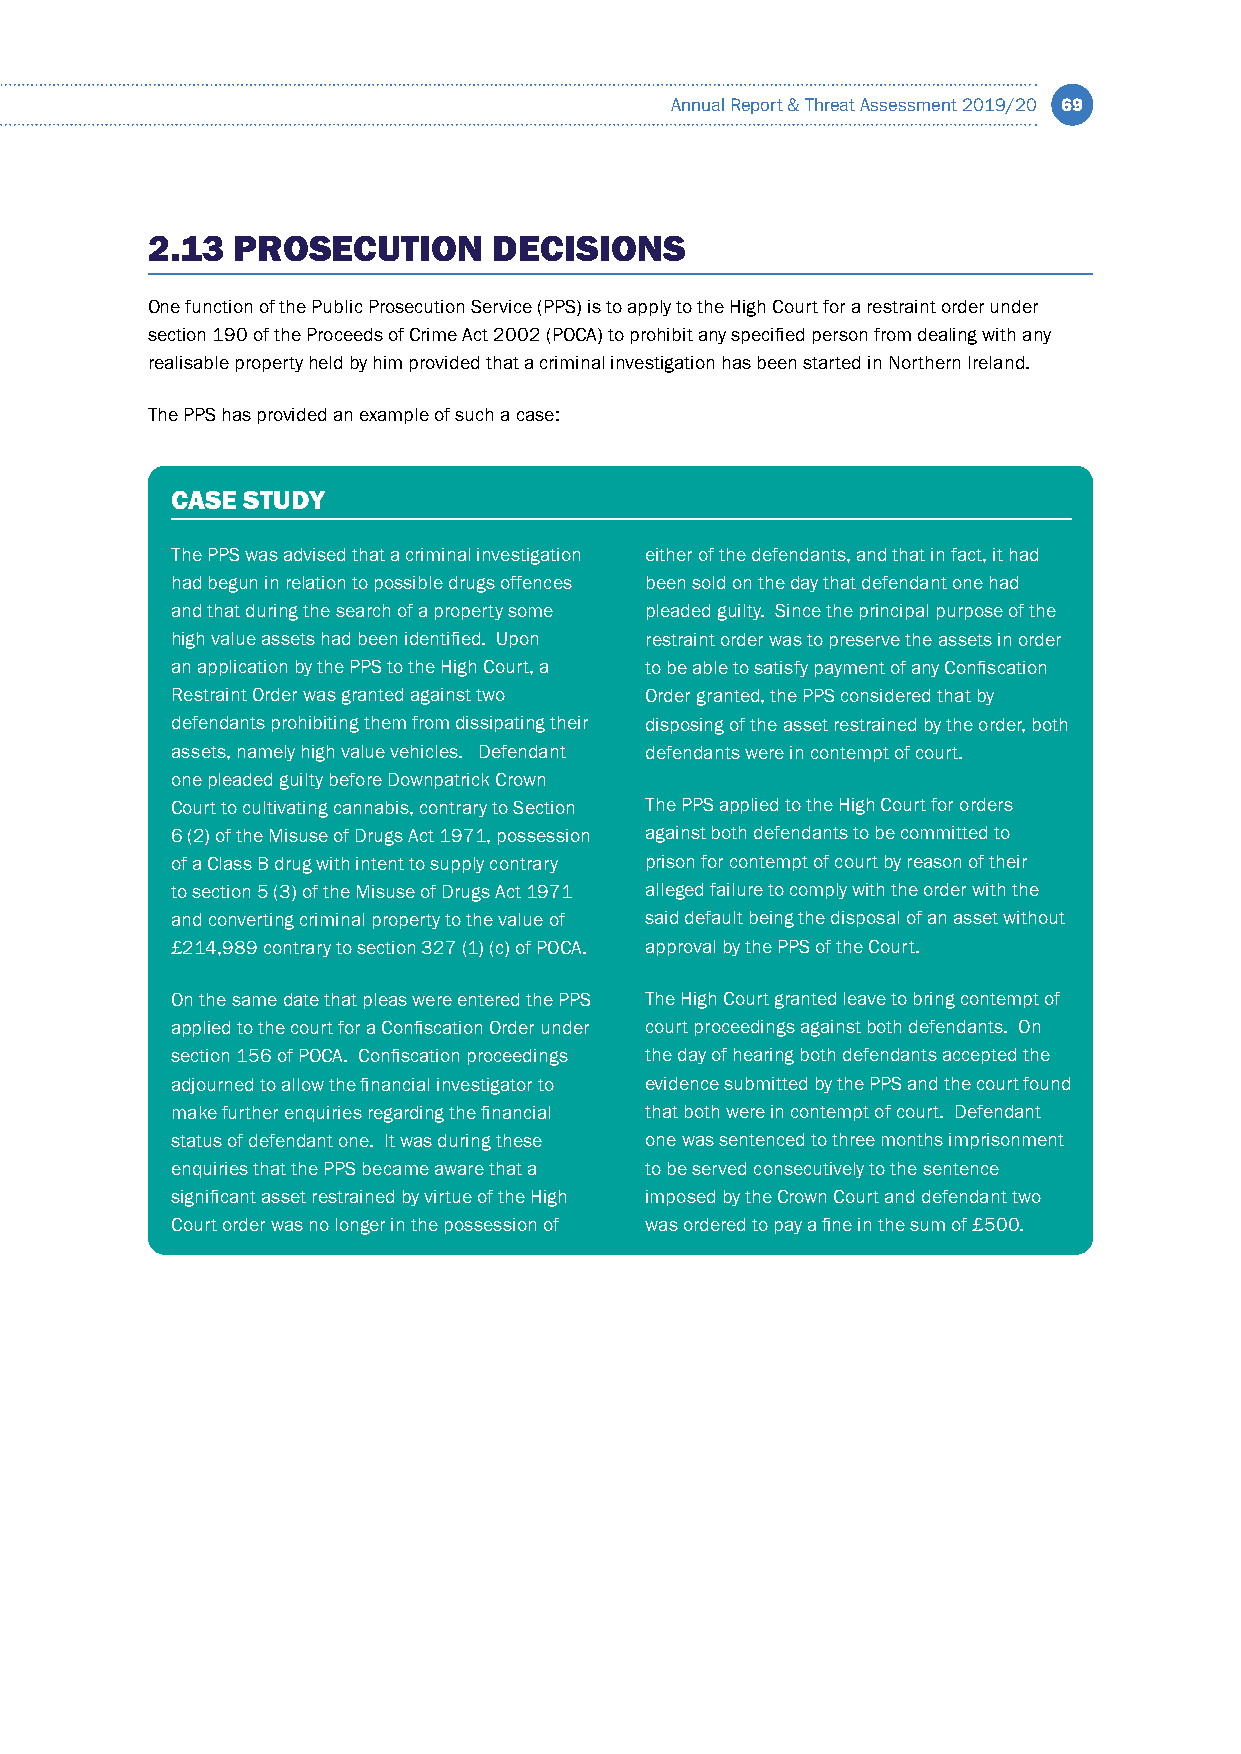
Annual Report & Threat Assessment 2019/20 69
 2.13 PROSECUTION       DECISIONS
 One function of the Public Prosecution Service (PPS) is to apply to the High Court for a restraint order under
 section 190 of the Proceeds of Crime Act 2002 (POCA) to prohibit any specified person from dealing with any
 realisable property held by him provided that a criminal investigation has been started in Northern Ireland.
 The PPS has provided an example of such a case:
 CASE STUDY
 The PPS was advised that a criminal investigation either of the defendants, and that in fact, it had
 had begun in relation to possible drugs offences been sold on the day that defendant one had
 and that during the search of a property some pleaded guilty. Since the principal purpose of the
 high value assets had been identified. Upon restraint order was to preserve the assets in order
 an application by the PPS to the High Court, a to be able to satisfy payment of any Confiscation
 Restraint Order was granted against two Order granted, the PPS considered that by
 defendants prohibiting them from dissipating their disposing of the asset restrained by the order, both
 assets, namely high value vehicles. Defendant defendants were in contempt of court.
 one pleaded guilty before Downpatrick Crown
 Court to cultivating cannabis, contrary to Section The PPS applied to the High Court for orders
 6 (2) of the Misuse of Drugs Act 1971, possession against both defendants to be committed to
 of a Class B drug with intent to supply contrary prison for contempt of court by reason of their
 to section 5 (3) of the Misuse of Drugs Act 1971 alleged failure to comply with the order with the
 and converting criminal property to the value of said default being the disposal of an asset without
 £214,989 contrary to section 327 (1) (c) of POCA. approval by the PPS of the Court.
 On the same date that pleas were entered the PPS The High Court granted leave to bring contempt of
 applied to the court for a Confiscation Order under court proceedings against both defendants. On
 section 156 of POCA. Confiscation proceedings the day of hearing both defendants accepted the
 adjourned to allow the financial investigator to evidence submitted by the PPS and the court found
 make further enquiries regarding the financial that both were in contempt of court. Defendant
 status of defendant one. It was during these one was sentenced to three months imprisonment
 enquiries that the PPS became aware that a to be served consecutively to the sentence
 significant asset restrained by virtue of the High imposed by the Crown Court and defendant two
 Court order was no longer in the possession of was ordered to pay a fine in the sum of £500.